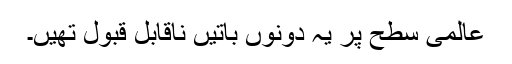
عالمی سطح پر یہ دونوں باتیں ناقابلِ قبول تھیں۔